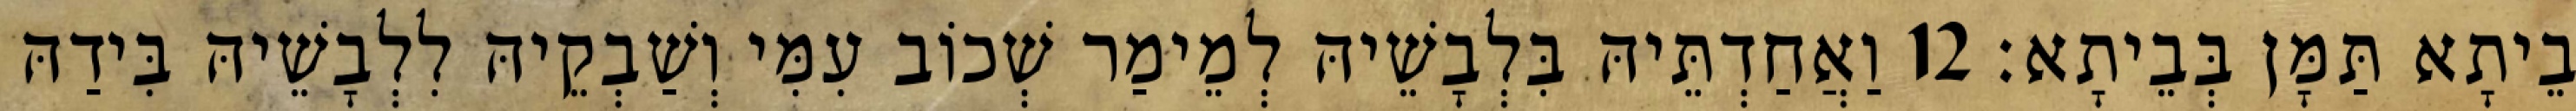
בֵיתָא תַּמָּן בְּבֵיתָא׃ 12 וַאֲחַדְתֵּיהּ בִּלְבָשֵׁיהּ לְמֵימַר שְׁכוֹב עִמִּי וְשַׁבְקֵיהּ לִלְבָשֵׁיהּ בִּידַהּ